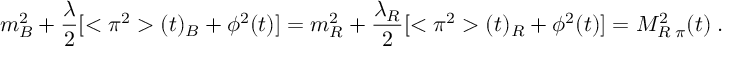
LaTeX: m _ { B } ^ { 2 } + \frac { \lambda } { 2 } [ < \pi ^ { 2 } > ( t ) _ { B } + \phi ^ { 2 } ( t ) ] = m _ { R } ^ { 2 } + \frac { \lambda _ { R } } { 2 } [ < \pi ^ { 2 } > ( t ) _ { R } + \phi ^ { 2 } ( t ) ] = { \cal M } _ { R \; \pi } ^ { 2 } ( t ) \; .